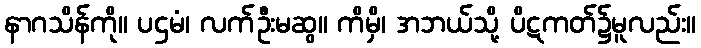
နာဂသိန်ကို။ ပဌမံ၊ လက်ဦးမဆွ။ ကိမှိ၊ အဘယ်သို့ ပိဋကတ်၌မူလည်း။